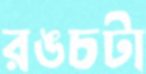
রঙচটা